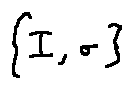
\{ I , \sigma \}